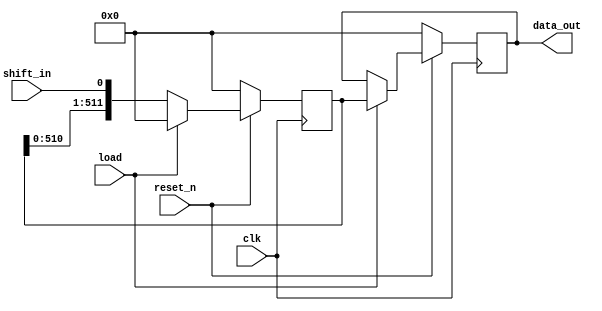
module shift_register #(parameter WIDTH = 512) (
    input wire clk,
    input wire reset_n,
    input wire shift_in,
    input wire load,
    output reg [WIDTH-1:0] data_out
);

    reg [WIDTH-1:0] shift_reg;

    always @(posedge clk) begin
        if (!reset_n) begin
            shift_reg <= 'd0;
            data_out <= 'd0;
        end else begin
            if (load) begin
                data_out <= shift_reg;
                shift_reg <= 'd0;
            end else begin
                shift_reg <= {shift_reg[WIDTH-2:0], shift_in};
            end
        end
    end

endmodule